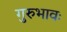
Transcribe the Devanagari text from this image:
गुरुभावः